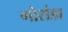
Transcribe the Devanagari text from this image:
गोरांडा